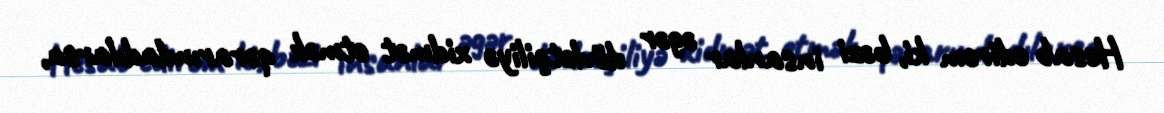
Hesab edirəm ki, bəzi insanlar əgər dövlətçiliyə xidmət etmək qərarındadılarsa,